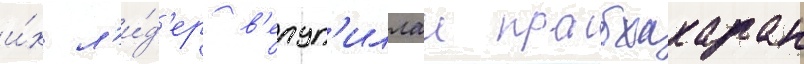
и́х л'и́д'ер в'елуп'иллаи прабхакаран